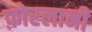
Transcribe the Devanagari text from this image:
फ़ोरलानी